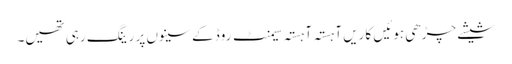
شیشے چڑھی ہوئیں کاریں آہستہ آہستہ سیمنٹ روڈ کے سینوں پر رینگ رہی تھیں۔